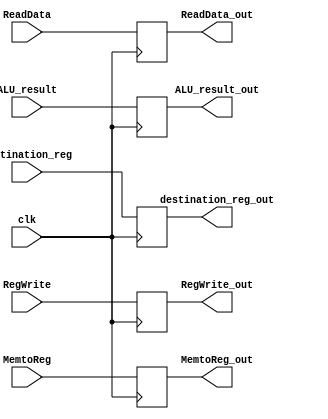
`timescale 1ns / 1ps
//////////////////////////////////////////////////////////////////////////////////
// Company: 
// Engineer: 
// 
// Design Name: 
// Module Name: MEM_WB
// Project Name: 
// Target Devices: 
// Tool Versions: 
// Description: 
// 
// Dependencies: 
// 
// Revision:
// Revision 0.01 - File Created
// Additional Comments:
// 
//////////////////////////////////////////////////////////////////////////////////


module MEM_WB(
    input clk,                      // Clock signal
    input RegWrite,                 // Control signal for enabling register write
    input MemtoReg,                 // Control signal for selecting memory or ALU result for register write
    input [63:0] ReadData,          // Data read from memory or register file
    input [63:0] ALU_result,        // Result of the ALU operation
    input [4:0] destination_reg,    // Destination register for register write

    output reg RegWrite_out,        // Output signal for enabling register write
    output reg MemtoReg_out,        // Output signal for selecting memory or ALU result for register write
    output reg [63:0] ReadData_out, // Output signal for data read from memory or register file
    output reg [63:0] ALU_result_out, // Output signal for the ALU result
    output reg [4:0] destination_reg_out // Output signal for destination register for register write
);

    // Assign output values based on input signals
    always @(posedge clk) begin
        RegWrite_out = RegWrite;
        MemtoReg_out = MemtoReg;
        ReadData_out = ReadData;
        ALU_result_out = ALU_result;
        destination_reg_out = destination_reg;
    end

endmodule